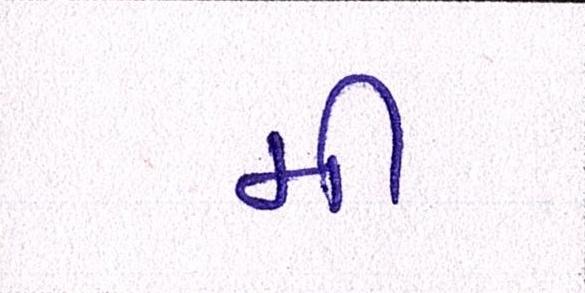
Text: મી